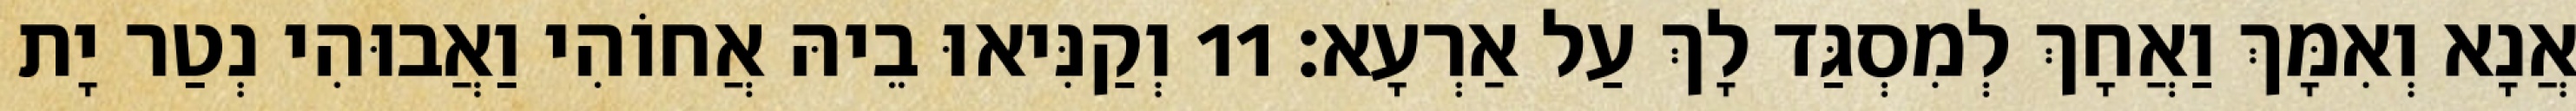
אֲנָא וְאִמָּךְ וַאֲחָךְ לְמִסְגַּד לָךְ עַל אַרְעָא׃ 11 וְקַנִּיאוּ בֵיהּ אֲחוֹהִי וַאֲבוּהִי נְטַר יָת